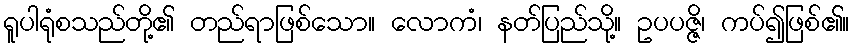
ရူပါရုံစသည်တို့၏ တည်ရာဖြစ်သော။ လောကံ၊ နတ်ပြည်သို့။ ဥပပဇ္ဇိ၊ ကပ်၍ဖြစ်၏။